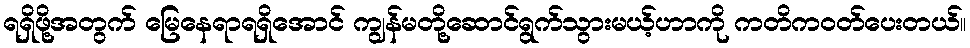
ရရှိဖို့အတွက် မြေနေရာရရှိအောင် ကျွန်မတို့ဆောင်ရွက်သွားမယ့်ဟာကို ကတိကဝတ်ပေးတယ်။